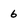
Character: 6